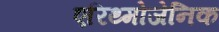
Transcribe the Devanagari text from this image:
एरिथ्मोजेनिक